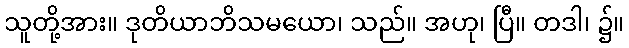
သူတို့အား။ ဒုတိယာဘိသမယော၊ သည်။ အဟု၊ ပြီ။ တဒါ၊ ၌။